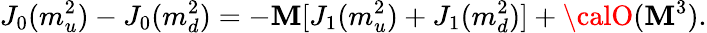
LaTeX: J_{0}(m_{u}^{2})-J_{0}(m_{d}^{2})=-\mathbf{M}[J_{1}(m_{u}^{2})+J_{1}(m_{d}^{2})]+{\calO}(\mathbf{M}^{3}).